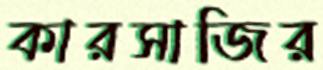
কারসাজির